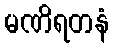
မဏိရတနံ